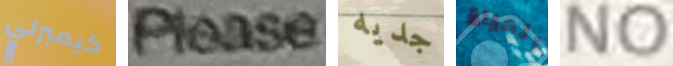
كيمبرلي please جديه الحياة NO